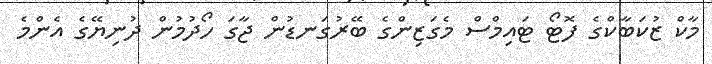
މާކް ޒުކަބާކްގެ ފޮޓޯ ޓައިމްސް މެގަޒިންގެ ބޭރުގަނޑުން ޖާގަ ހޯދުމުން ދުނިޔޭގެ އެންމެ